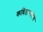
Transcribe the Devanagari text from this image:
कवितारचनेचे